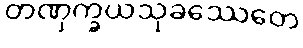
တဏှက္ခယသုခဿေတေ